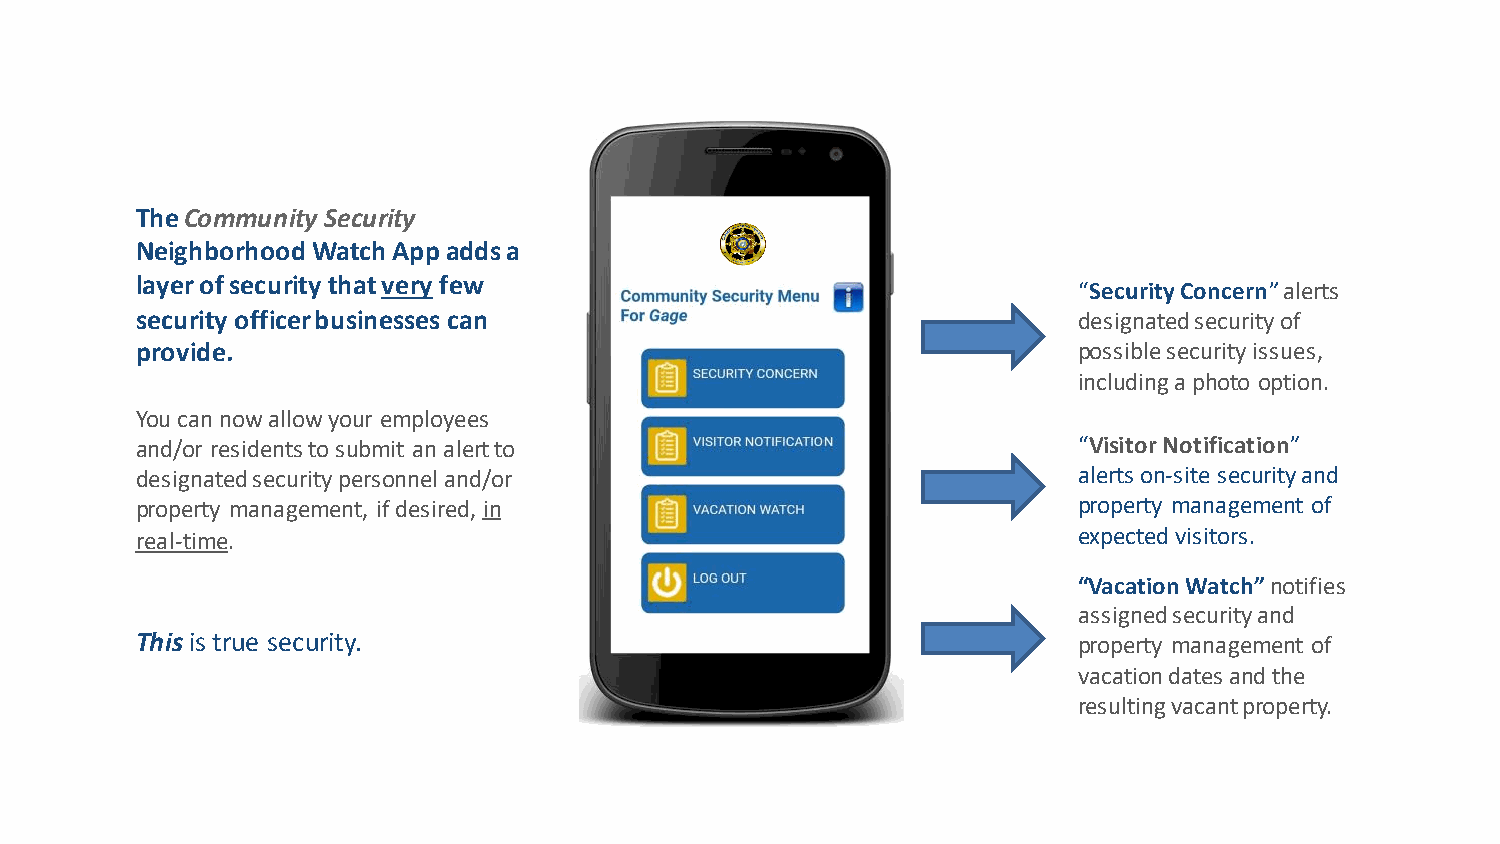
TheCommunity Security
 Neighborhood Watch Appadds a
 layer of security that very few
 “Security Concern” alerts
 security officer businesses can                               designated security of
 provide.                                                      possible security issues,
 including a photo option.
 You can now allow your employees
 and/or residents to submit an alert to                        “Visitor Notification”
 designated security personnel and/or                          alerts on-site security and
 property management, if desired, in                           property management of
 real-time.                                                    expected visitors.
 “Vacation Watch” notifies
 assigned security and
 Thisis true security.                                         property management of
 vacation dates and the
 resulting vacant property.